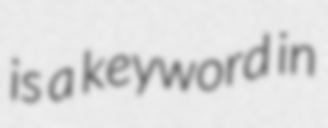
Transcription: is a keyword in